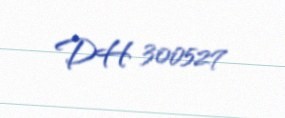
DH 300527